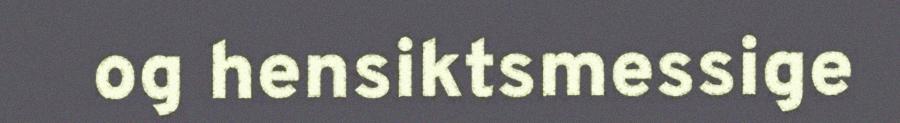
og hensiktsmessige